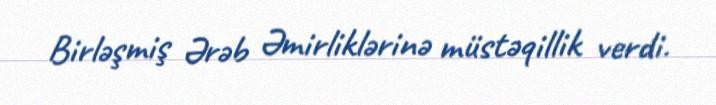
Birləşmiş Ərəb Əmirliklərinə müstəqillik verdi.